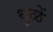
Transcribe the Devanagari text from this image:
धुळें